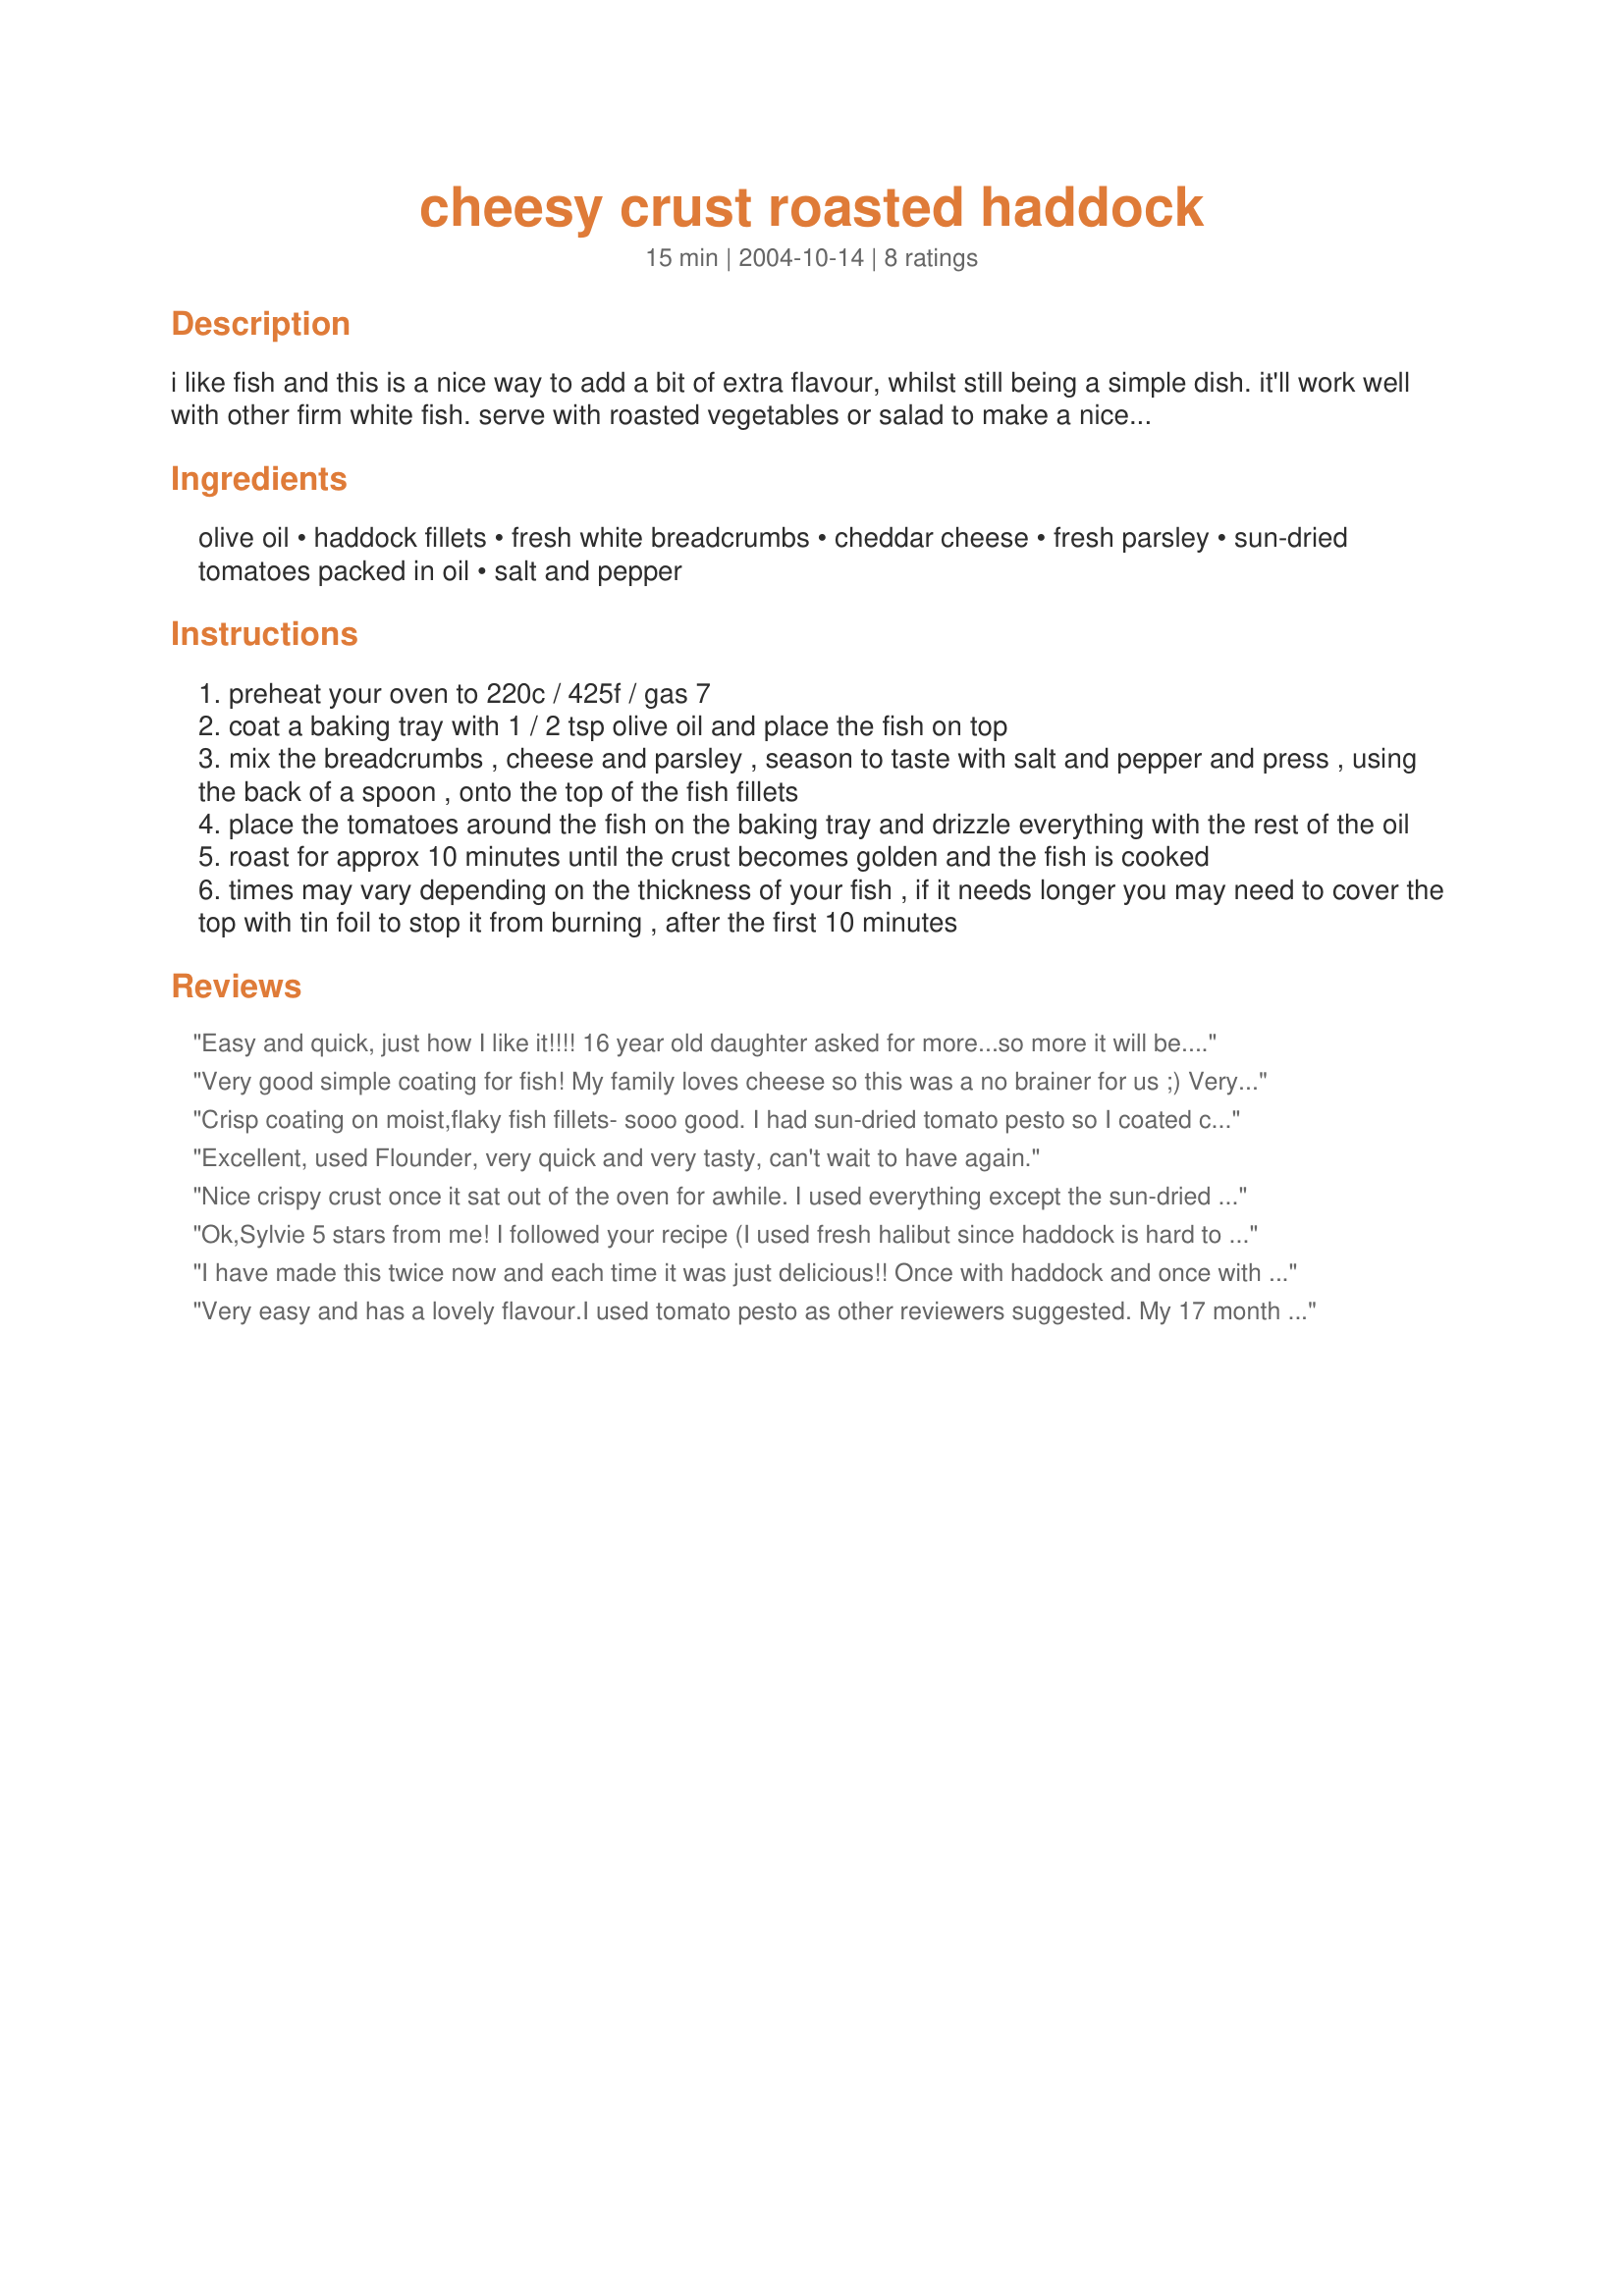
cheesy crust roasted haddock
Preparation time: 15 minutes

i like fish and this is a nice way to add a bit of extra flavour, whilst still being a simple dish. it'll work well with other firm white fish. serve with roasted vegetables or salad to make a nice main meal.

Ingredients:
olive oil, haddock fillets, fresh white breadcrumbs, cheddar cheese, fresh parsley, sun-dried tomatoes packed in oil, salt and pepper

Steps:
preheat your oven to 220c / 425f / gas 7
coat a baking tray with 1 / 2 tsp olive oil and place the fish on top
mix the breadcrumbs , cheese and parsley , season to taste with salt and pepper and press , using the back of a spoon , onto the top of the fish fillets
place the tomatoes around the fish on the baking tray and drizzle everything with the rest of the oil
roast for approx 10 minutes until the crust becomes golden and the fish is cooked
times may vary depending on the thickness of your fish , if it needs longer you may need to cover the top with tin foil to stop it from burning , after the first 10 minutes

Reviews:
Easy and quick, just how I like it!!!! 16 year old daughter asked for more...so more it will be. Have added this to my favourites. I spread a layer of sundried tomato pesto on the haddock and then pressed the breadcrumb mixture on top. The taste and texture was yummy.
Very good simple coating for fish! My family loves cheese so this was a no brainer for us ;) Very fast to put together and it tasted great!
Thanks for posting!
Crisp coating on moist,flaky fish fillets- sooo good. I had sun-dried tomato pesto so I coated cod fillets with it and then pressed on the breadcrumb mixture, using mozzarella. Quick, easy, delicious and versatile. What more could you ask for?
Excellent, used Flounder, very quick and very tasty, can't wait to have again.
Nice crispy crust once it sat out of the oven for awhile. I used everything except the sun-dried tomatoes, my preference. Being Halloween night with a steady stream of trick or treaters at the door I didn't get to eat it til 2 hours later at room temperature. But it still tasted mighty good.
Ok,Sylvie 5 stars from me! I followed your recipe (I used fresh halibut since haddock is hard to find in AZ). Very simple and tasty. I grated the cheddar myself, and the coating was wonderful. Thank you for sharing! 
--Marla, AZ


I have made this twice now and each time it was just delicious!!
Once with haddock and once with halibut, both eaqually lovely! The sun dried tomatoes left a wonderful flavour. Instead of the olive oil I sprayed the pan with veggie spray, cut the calouries a wee bit, but did drizzle the dried tomato oil over. Thanks for posting will be making it again and again!
Very easy and has a lovely flavour.I used tomato pesto as other reviewers suggested. My 17 month old baby loved it.He isn't a fussy eater, but he gobbled this up at record speed. I used haddock and went a little overboard with the pesto. Only a thin layer was required.Served with steamed veg. Will be making this again :-)
